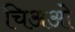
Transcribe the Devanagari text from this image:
चिअओ